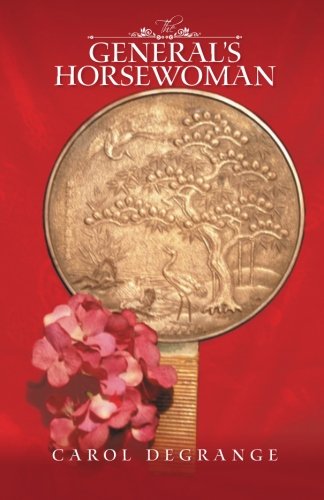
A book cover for The General's Horsewoman; Carol DeGrange; Romance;